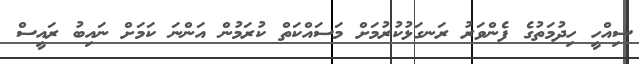
ސިއްހީ ހިދުމަތުގެ ފެންވަރު ރަނގަޅުކުރުމަށް މަސައްކަތް ކުރަމުން އަންނަ ކަމަށް ނައިބު ރައީސް